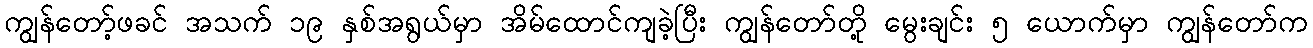
ကျွန်တော့်ဖခင် အသက် ၁၉ နှစ်အရွယ်မှာ အိမ်ထောင်ကျခဲ့ပြီး ကျွန်တော်တို့ မွေးချင်း ၅ ယောက်မှာ ကျွန်တော်က